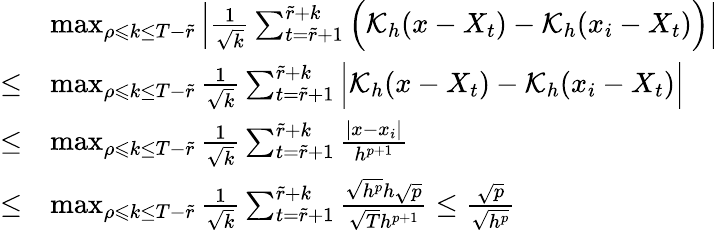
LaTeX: \begin{array}{rl}&{\operatorname*{max}_{\rho\leqslant k\leq T-\widetilde{r}}\Big|\frac{1}{\sqrt{k}}\sum_{t=\widetilde{r}+1}^{\widetilde{r}+k}\Big(\mathcal{K}_{h}(x-X_{t})-\mathcal{K}_{h}(x_{i}-X_{t})\Big)\Big|}\\ {\le}&{\operatorname*{max}_{\rho\leqslant k\leq T-\widetilde{r}}\frac{1}{\sqrt{k}}\sum_{t=\widetilde{r}+1}^{\widetilde{r}+k}\Big|\mathcal{K}_{h}(x-X_{t})-\mathcal{K}_{h}(x_{i}-X_{t})\Big|}\\ {\le}&{\operatorname*{max}_{\rho\leqslant k\leq T-\widetilde{r}}\frac{1}{\sqrt{k}}\sum_{t=\widetilde{r}+1}^{\widetilde{r}+k}\frac{\vert x-x_{i}\vert}{h^{p+1}}}\\ {\le}&{\operatorname*{max}_{\rho\leqslant k\leq T-\widetilde{r}}\frac{1}{\sqrt{k}}\sum_{t=\widetilde{r}+1}^{\widetilde{r}+k}\frac{\sqrt{h^{p}}h\sqrt{p}}{\sqrt{T}h^{p+1}}\le\frac{\sqrt{p}}{\sqrt{h^{p}}}}\end{array}